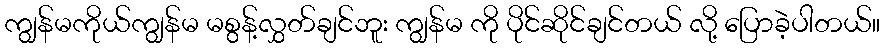
ကျွန်မကိုယ်ကျွန်မ မစွန့်လွှတ်ချင်ဘူး ကျွန်မ ကို ပိုင်ဆိုင်ချင်တယ် လို့ ပြောခဲ့ပါတယ်။